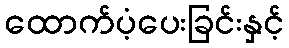
ထောက်ပံ့ပေးခြင်းနှင့်